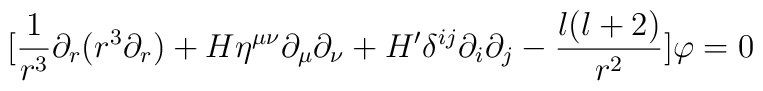
[\frac{1}{r^{3}}\partial _{r}(r^{3}\partial _{r})+H\eta ^{\mu \nu }\partial _{\mu }\partial _{\nu }+H'\delta ^{ij}\partial _{i}\partial _{j}-\frac{l(l+2)}{r^{2}}]\varphi =0